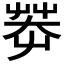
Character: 𱽞